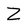
Character: Z